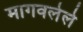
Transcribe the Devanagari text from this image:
मागवलेले